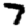
Digit: 7